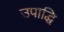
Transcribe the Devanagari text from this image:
उपाद्धि